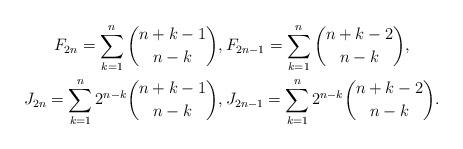
LaTeX: \begin{gather*}F_{2n}=\sum_{k=1}^n{n+k-1\choose n-k},F_{2n-1}=\sum_{k=1}^n{n+k-2\choose n-k},\\J_{2n}=\sum_{k=1}^n2^{n-k}{n+k-1\choose n-k},J_{2n-1}=\sum_{k=1}^n2^{n-k}{n+k-2\choose n-k}.\end{gather*}